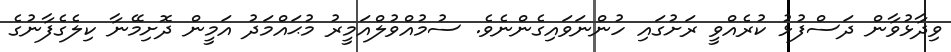
ވިދާޅުވާން ދަސްފުޅު ކުރެއްވީ ރަށުގައި ހުންނަވައިގެންނެވެ. ސުމުއްވުލްއަމީރު މުޙައްމަދު އަމީން ދޮށިމޭނާ ކިލެގެފާނުގެ